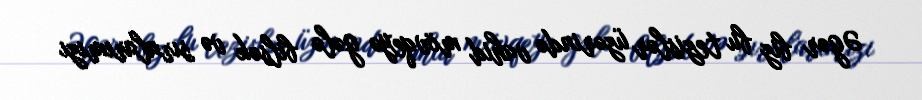
Əgər biz bu tezislər üzərində vahid mövqeyə gələ bilsək və sıralarımızı